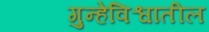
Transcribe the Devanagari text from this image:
गुन्हेविश्वातील